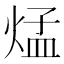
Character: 𪹁